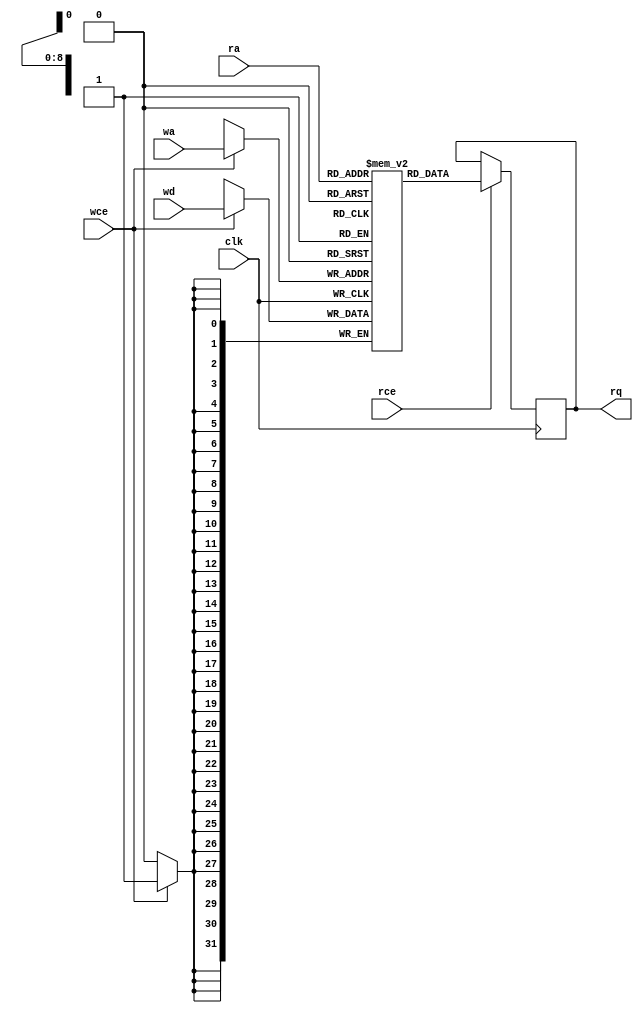
module BRAM_SDP #(parameter AWIDTH = 9,
parameter DWIDTH = 32)(
	clk,
	rce,
	ra,
	rq,
	wce,
	wa,
	wd
);

	input  			clk;

	input                   rce;
	input      [AWIDTH-1:0] ra;
	output reg [DWIDTH-1:0] rq;

	input                   wce;
	input      [AWIDTH-1:0] wa;
	input      [DWIDTH-1:0] wd;

	reg        [DWIDTH-1:0] memory[0:(1<<AWIDTH)-1];

	always @(posedge clk) begin
		if (rce)
			rq <= memory[ra];

		if (wce)
			memory[wa] <= wd;
	end

	integer i;
	initial
	begin
		for(i = 0; i < (1<<AWIDTH)-1; i = i + 1)
			memory[i] = 0;
	end

endmodule